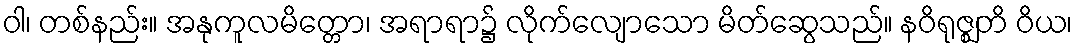
ဝါ၊ တစ်နည်း။ အနုကူလမိတ္တော၊ အရာရာ၌ လိုက်လျောသော မိတ်ဆွေသည်။ နဝိရုဇ္ဈတိ ဝိယ၊